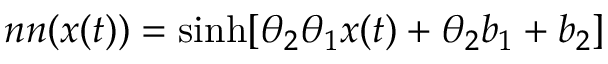
n n ( x ( t ) ) = \sinh [ \theta _ { 2 } \theta _ { 1 } x ( t ) + \theta _ { 2 } b _ { 1 } + b _ { 2 } ]